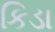
કિડા